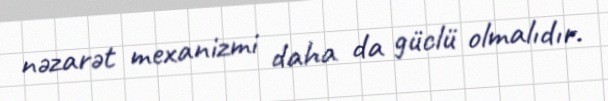
nəzarət mexanizmi daha da güclü olmalıdır.